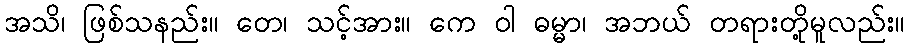
အသိ၊ ဖြစ်သနည်း။ တေ၊ သင့်အား။ ကေ ဝါ ဓမ္မာ၊ အဘယ် တရားတို့မူလည်း။